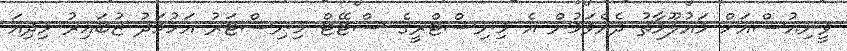
ވީނިއުސްއަށް މައުލޫމާތު ދެއްވަމުން އެ މިނިސްޓްރީގެ ސްޓޭޓް މިނިސްޓަރު އަހުމަދު ޒުބައިރު މިދިއަ